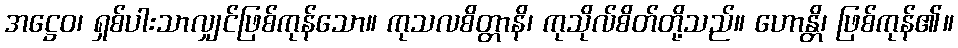
အဋ္ဌေဝ၊ ရှစ်ပါးသာလျှင်ဖြစ်ကုန်သော။ ကုသလစိတ္တာနိ၊ ကုသိုလ်စိတ်တို့သည်။ ဟောန္တိ၊ ဖြစ်ကုန်၏။